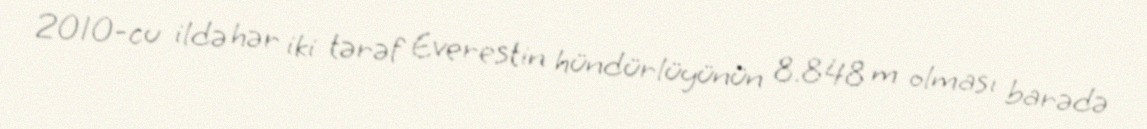
2010-cu ildə hər iki tərəf Everestin hündürlüyünün 8.848 m olması barədə